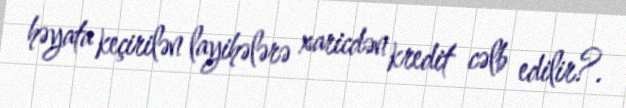
həyata keçirilən layihələrə xaricdən kredit cəlb edilir?.